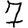
Digit: 7